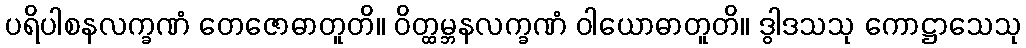
ပရိပါစနလက္ခဏံ တေဇောဓာတူတိ။ ဝိတ္ထမ္ဘနလက္ခဏံ ဝါယောဓာတူတိ။ ဒွါဒသသု ကောဋ္ဌာသေသု